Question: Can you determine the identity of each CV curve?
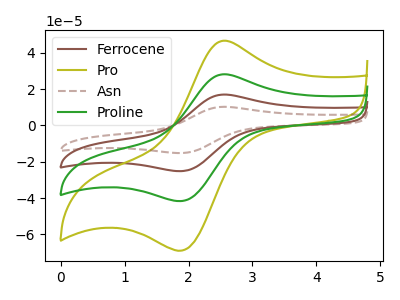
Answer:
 <answer>The brown curve is labeled "Ferrocene". The olive curve is labeled "Pro". The brown dashed curve is labeled "Asn". The green curve is labeled "Proline".</answer>
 <eval></eval>